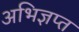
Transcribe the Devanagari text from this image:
अभिज्ञप्त